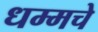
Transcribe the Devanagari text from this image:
धम्मचे